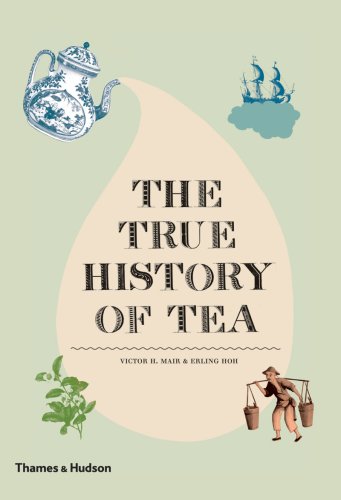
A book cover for The True History of Tea; Erling Hoh; Cookbooks, Food & Wine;